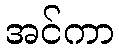
အင်ကာ